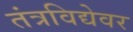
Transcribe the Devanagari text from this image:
तंत्रविद्येवर